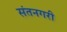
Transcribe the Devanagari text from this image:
संतनगरी